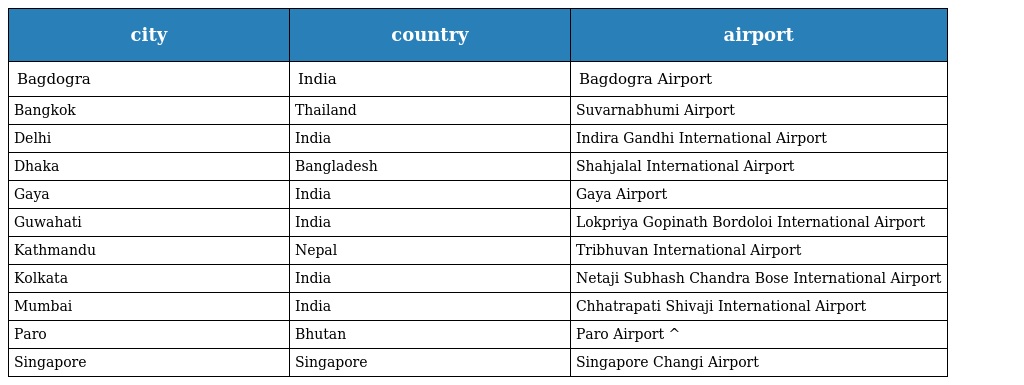
| city | country | airport |
 | --- | --- | --- |
 | Bagdogra | India | Bagdogra Airport |
 | Bangkok | Thailand | Suvarnabhumi Airport |
 | Delhi | India | Indira Gandhi International Airport |
 | Dhaka | Bangladesh | Shahjalal International Airport |
 | Gaya | India | Gaya Airport |
 | Guwahati | India | Lokpriya Gopinath Bordoloi International Airport |
 | Kathmandu | Nepal | Tribhuvan International Airport |
 | Kolkata | India | Netaji Subhash Chandra Bose International Airport |
 | Mumbai | India | Chhatrapati Shivaji International Airport |
 | Paro | Bhutan | Paro Airport ^ |
 | Singapore | Singapore | Singapore Changi Airport |